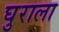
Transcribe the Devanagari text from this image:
घुराला